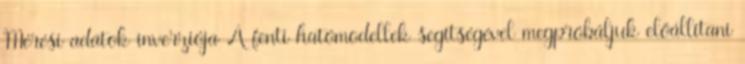
Mérési adatok inverziója A fenti hatómodellek segítségével megpróbáljuk előállítani